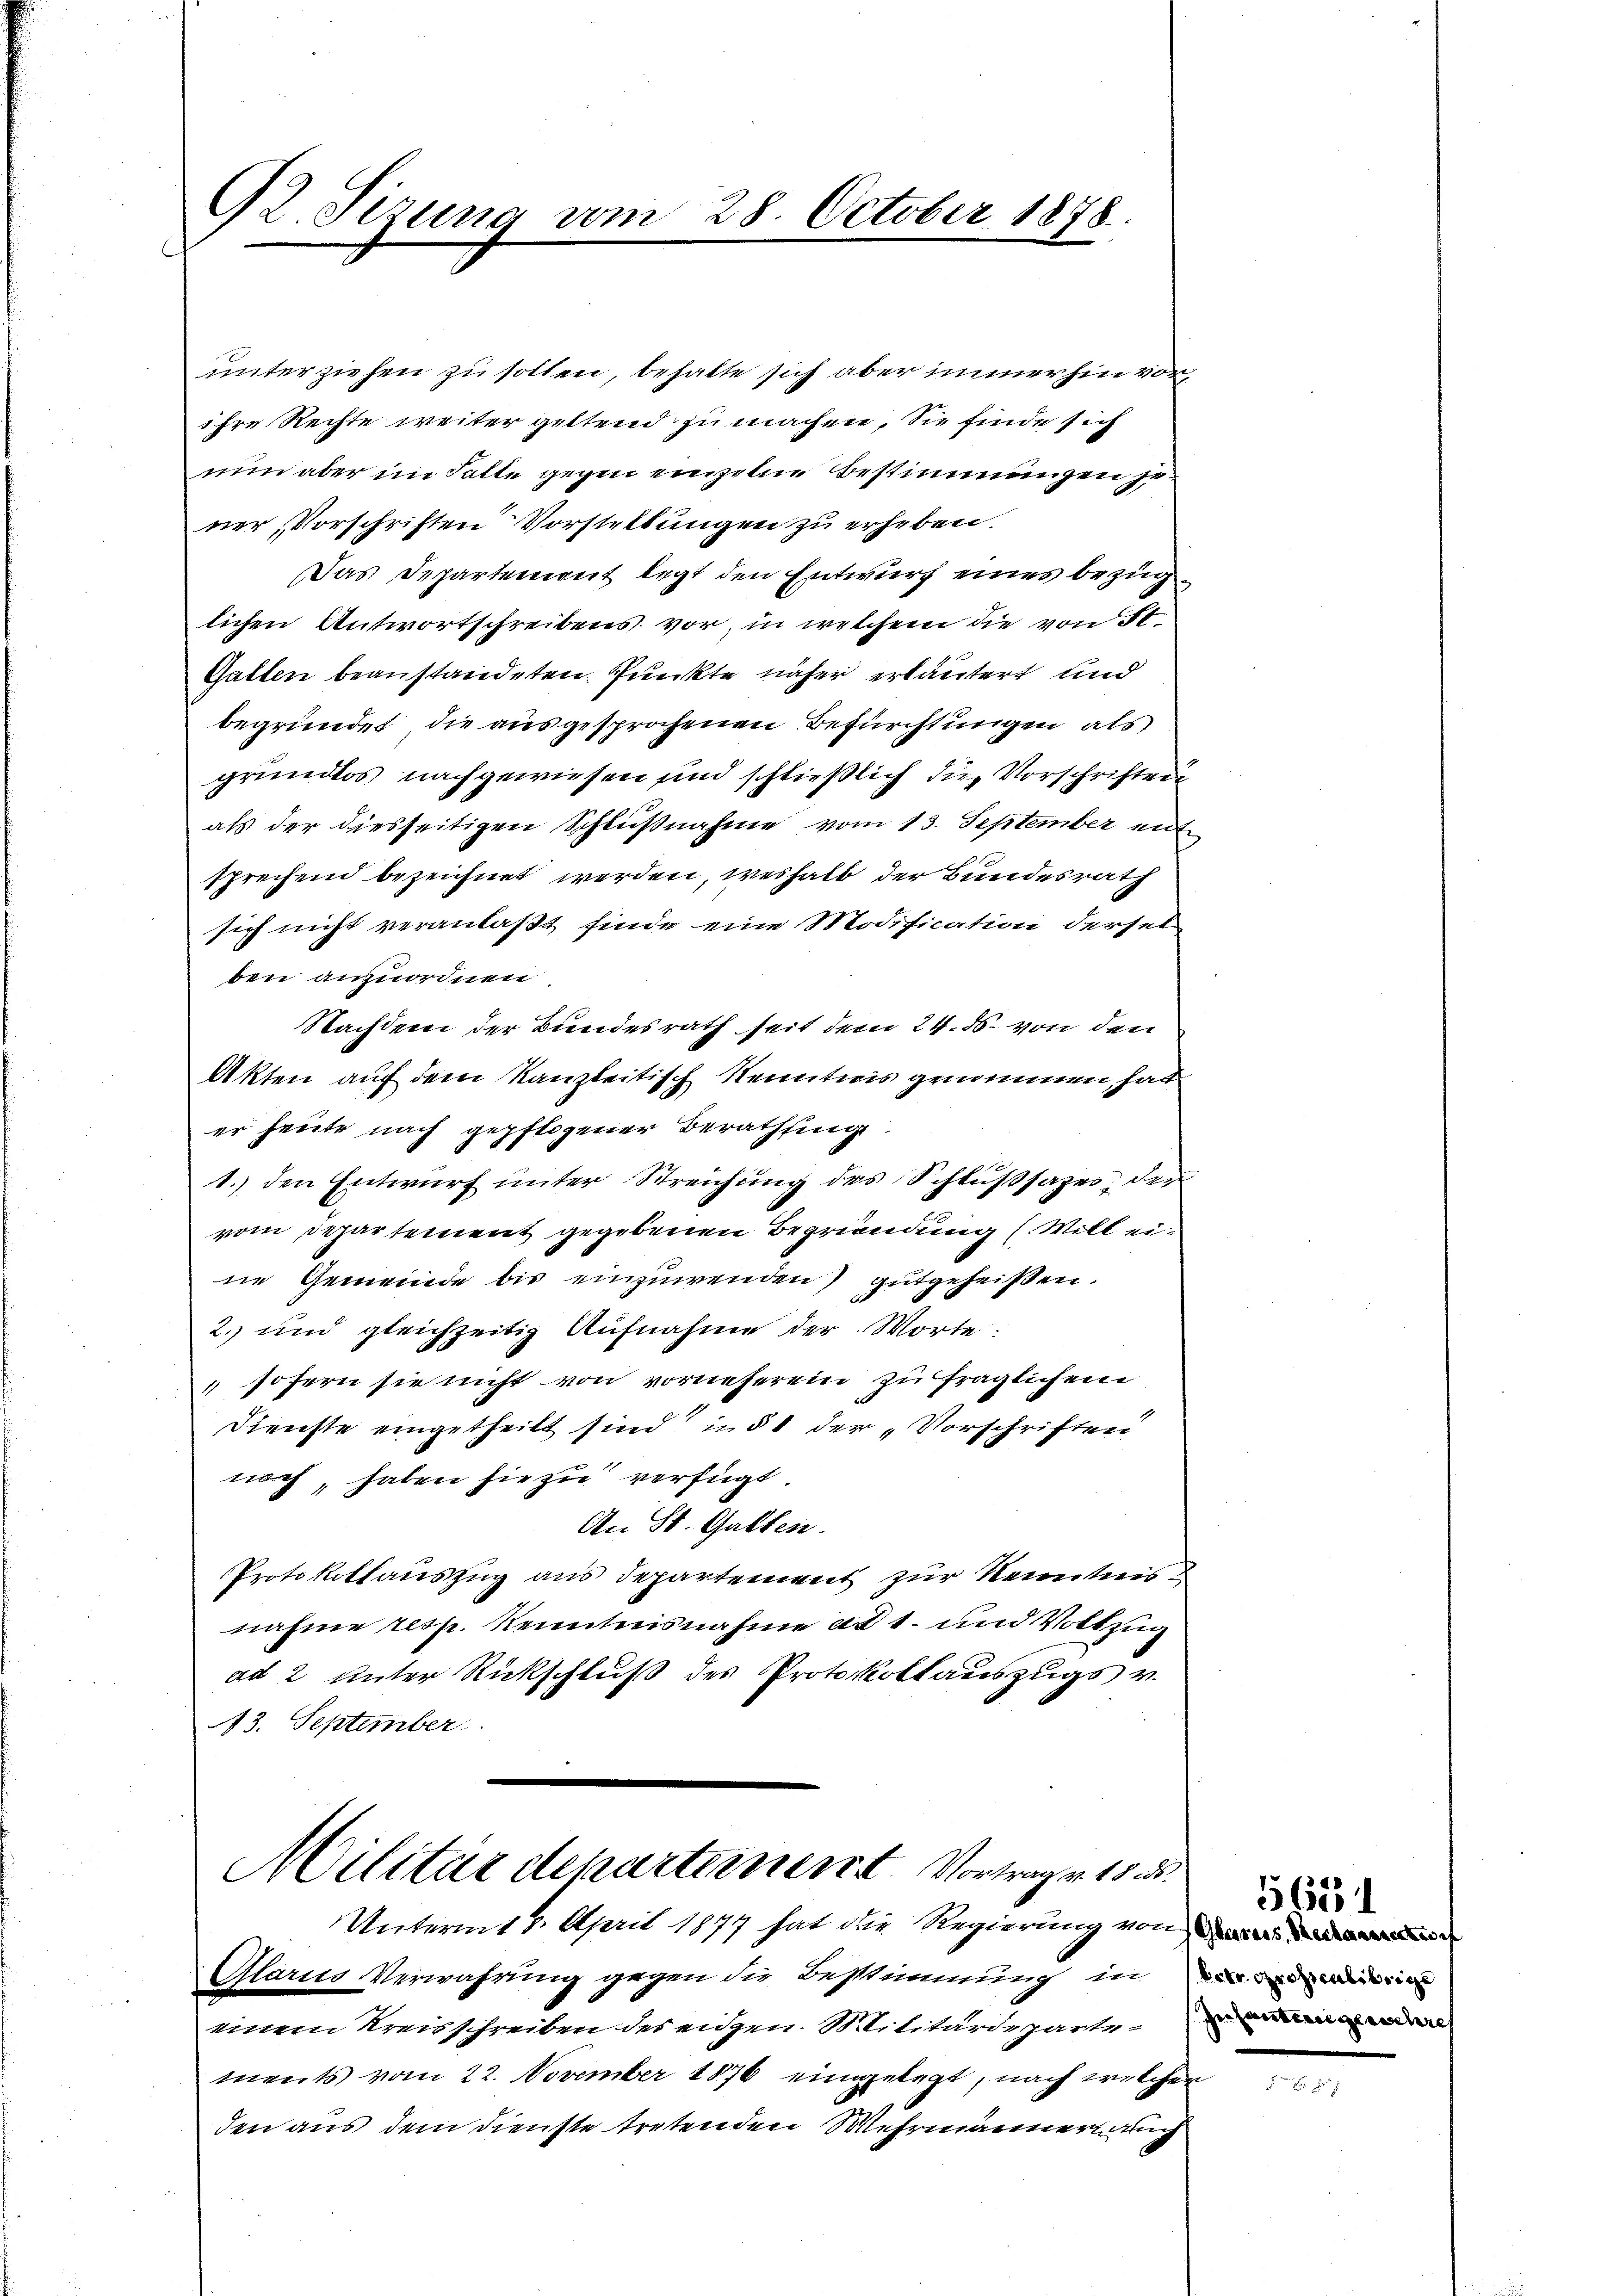
92. Sizung vom 28. October 1878.

Militärdepartement. Vortrag v. 15. d.
Unterm 8. April 1874 hat die Regierung von de
Glarus Verwahrung gegen die Bestimmung in

unterziehen zu sollen, behalte sich aber immerhin vor,
ihre Rechte weiter geltend zu machen, Sie finde sich
nun aber im Falle gegen einzelne Bestimmungen zu
ner Vorschriften Vorstellungen zu erheben.
Das Departement legt den Entwurf eines bezüglichen Antwortschreibens vor, in welchem die von St
Gatten beanstandeten Punkte näher erläutert und
begründet die ausgesprochenen Befürchtungen als
grundlos nachgewiesen sind schließlich die Vorschriften
als der diesseitigen Schlußnahme vom 13. September mit
sprechend bezeichnet werden, weshalb der Bundesrath
sich nicht veranlaßt finde eine Modification dersel
ben anzuordnen
Nachdem der Bundesrath seit dem 24. ds. von den
Akten auf dem Kanzleitisch Kenntnis genommen hat
er heute nach gepflogener Berathung
1.) den Entwurf unter Streichung des Schlußsazes, der
vom Departement gegebenen Begründung (Will eine Gemeinde bis einzuwenden gutgeheißen.
2. und gleichzeitig Aufnahme der Worte:
sofern sie nicht von vorneherein zu fraglichem
Dienste eingetheilt sind in § 1 der „Vorschriften
noch, haben sie zu verfügt.
An St. Gallen.
Protokollauszug aus Departement zur Kenntnis
nahme resp. Kenntnisnahme ad 1. und Volkzug
ad 2 unter Rückschluß des Protokollauszugs v.
43. September

einem Kreisschreiben des eidgen. Militärdeparten de
ments vom 22. November 1876 eingelegt, nach welcher
den aus dem Dienste tretenden Wehrmännerung

5651